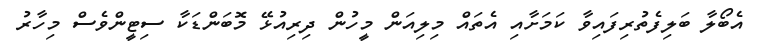
އެބޯލާ ބަލިފެތުރިފައިވާ ކަމަށާއި އެތައް މިލިއަން މީހުން ދިރިއުޅޭ މޮބަންޑަކާ ސިޓީންވެސް މިހާރު